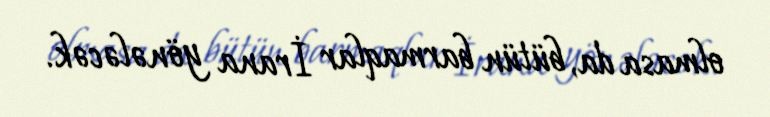
olmasa da, bütün barmaqlar İrana yönələcək.